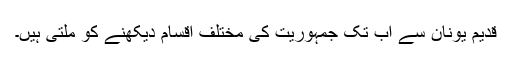
قدیم یونان سے اب تک جمہوریت کی مختلف اقسام دیکھنے کو ملتی ہیں۔